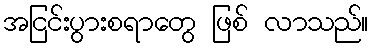
အငြင်းပွားစရာတွေ ဖြစ် လာသည်။